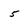
Character: 5